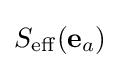
S_{\rm {eff}}({\bf {e}}_{a})